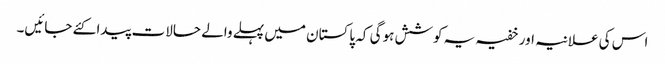
اس کی علانیہ اور خفیہ یہ کوشش ہوگی کہ پاکستان میں پہلے والے حالات پیدا کئے جائیں۔